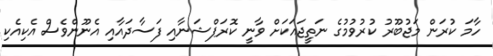
ހާމަ ކުރަން މަޖުބޫރު ކުރުވުމުގެ ނަތީޖައަކަށް ވާނީ ކޮރަޕްޝަނާއި ފަސާދައާއި އެނޫންވެސް އެކިއެކި